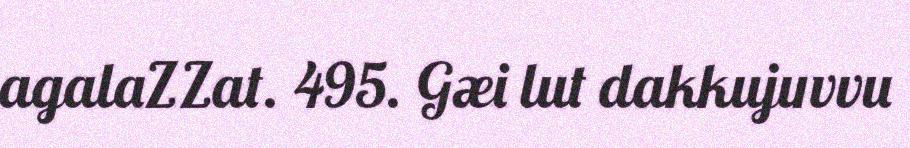
agalaZZat. 495. Gæi lut dakkujuvvu